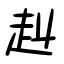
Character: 赳